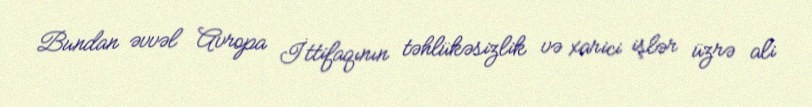
Bundan əvvəl Avropa İttifaqının təhlükəsizlik və xarici işlər üzrə ali